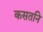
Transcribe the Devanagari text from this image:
कसतनि